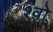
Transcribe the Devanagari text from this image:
श्वो